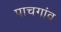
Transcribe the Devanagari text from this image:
पाचगांव